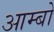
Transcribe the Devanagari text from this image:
आम्बो